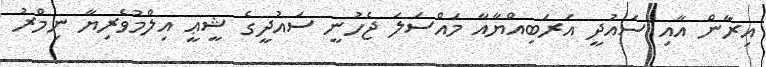
އިރާން އާއި ސައުދީ އަރަބިއްޔާއާ މައްސަލަ ޖެހުނީ ސައުދީގެ ޝީޢީ އިލްމުވެރިޔާ ނިމްރު